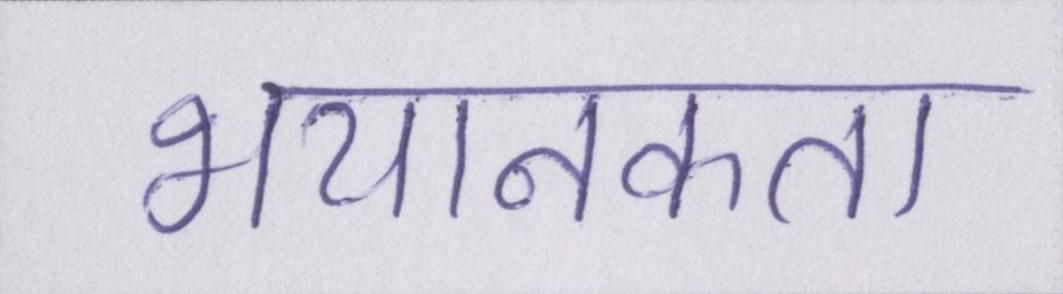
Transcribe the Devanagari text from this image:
भयानकता